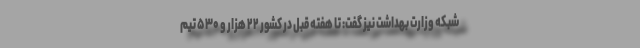
شبکه وزارت بهداشت نیز گفت: تا هفته قبل در کشور ۲۲ هزار و ۵۳۰ تیم